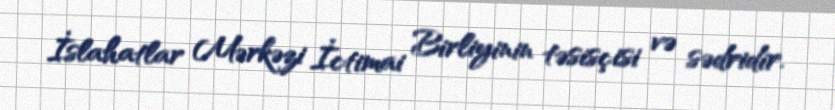
İslahatlar Mərkəzi İctimai Birliyinin təsisçisi və sədridir.